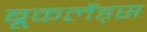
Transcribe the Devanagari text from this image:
ब्रूकलैंड्स